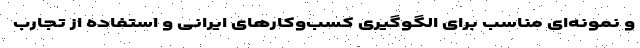
و نمونه‌ای مناسب برای الگوگیری کسب‌وکارهای ایرانی و استفاده از تجارب